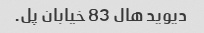
دیوید هال 83 خیابان پل.